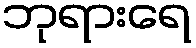
ဘုရားရေ